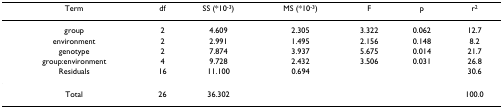
<table><thead><tr><td><b>Term</b></td><td><b>df</b></td><td><b>SS (*10<sup>-3</sup>)</b></td><td><b>MS (*10<sup>-3</sup>)</b></td><td><b>F</b></td><td><b>p</b></td><td><b>r<sup>2</sup></b></td></tr></thead><tbody><tr><td>group</td><td>2</td><td>4.609</td><td>2.305</td><td>3.322</td><td>0.062</td><td>12.7</td></tr><tr><td>environment</td><td>2</td><td>2.991</td><td>1.495</td><td>2.156</td><td>0.148</td><td>8.2</td></tr><tr><td>genotype</td><td>2</td><td>7.874</td><td>3.937</td><td>5.675</td><td>0.014</td><td>21.7</td></tr><tr><td>group:environment</td><td>4</td><td>9.728</td><td>2.432</td><td>3.506</td><td>0.031</td><td>26.8</td></tr><tr><td>Residuals</td><td>16</td><td>11.100</td><td>0.694</td><td></td><td></td><td>30.6</td></tr><tr><td>Total</td><td>26</td><td>36.302</td><td></td><td></td><td></td><td>100.0</td></tr></tbody></table>